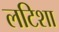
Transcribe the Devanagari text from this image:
लटिशा